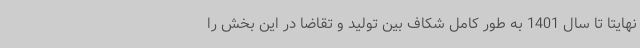
نهایتا تا سال 1401 به طور کامل شکاف بین تولید و تقاضا در این بخش را